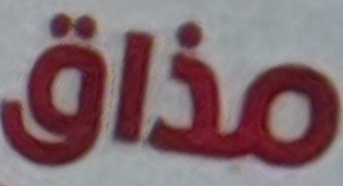
مذاق